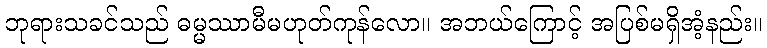
ဘုရားသခင်သည် ဓမ္မဿာမီမဟုတ်ကုန်လော။ အဘယ်ကြောင့် အပြစ်မရှိအံ့နည်း။